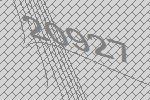
20927